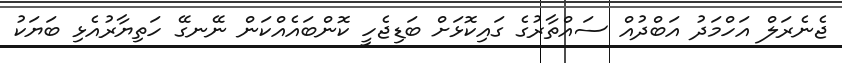
ޖެނެރަލް އަހްމަދު އަބްދުއް ސައްތާރުގެ ގައިކޮޅަށް ބަޑިޖެހީ ކޮންބައެއްކަން ނޭނގޭ ހަތިޔާރުއެޅި ބަޔަކު